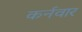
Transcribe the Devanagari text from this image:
कर्नवार